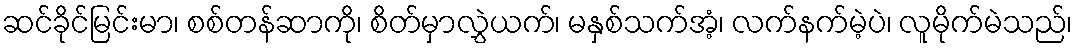
ဆင်ခိုင်မြင်းမာ၊ စစ်တန်ဆာကို၊ စိတ်မှာလွှဲယက်၊ မနှစ်သက်အံ့၊ လက်နက်မဲ့ပဲ၊ လူမိုက်မဲသည်၊